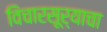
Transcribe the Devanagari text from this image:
विचारसूर्याचा